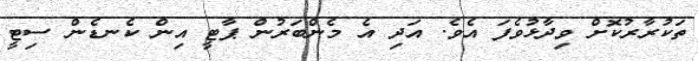
ތަކުރާރުކޮށް ވިދާޅުވެފަ އެވެ. އަދި އެ މެންބަރުން ޕާޓީ އިން ކެނޑެން ސިޓީ